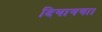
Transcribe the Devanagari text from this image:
दियागया।